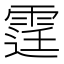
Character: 𨗒